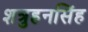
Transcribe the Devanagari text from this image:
शत्रुहनसिंह